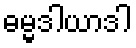
ဓမ္မဒါယာဒါ